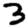
Digit: 3